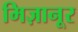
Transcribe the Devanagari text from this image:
मिज़ानूर